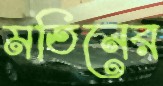
মতিনের